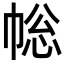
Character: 𢃧